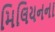
મિલિયનના